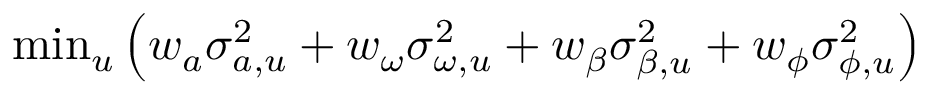
\begin{array} { r } { \operatorname* { m i n } _ { u } \left( w _ { a } \sigma _ { a , u } ^ { 2 } + w _ { \omega } \sigma _ { \omega , u } ^ { 2 } + w _ { \beta } \sigma _ { \beta , u } ^ { 2 } + w _ { \phi } \sigma _ { \phi , u } ^ { 2 } \right) } \end{array}